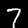
Label: 7